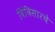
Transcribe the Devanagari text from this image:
बिंबिसारचे